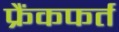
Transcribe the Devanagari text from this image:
फ्रैंकफर्त